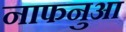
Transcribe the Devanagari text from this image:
नाफनुआ